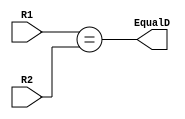
module equality(

input wire [31:0]R1,
input wire [31:0]R2,

output wire EqualD


);


assign EqualD = (R1==R2);



endmodule